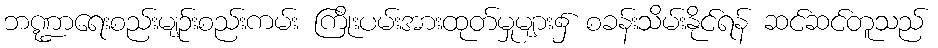
ဘဏ္ဍာရေးစည်းမျဉ်းစည်းကမ်း ကြိုးပမ်းအားထုတ်မှုများ၌ စခန်းသိမ်းနိုင်ရန် ဆင်ဆင်တူသည်